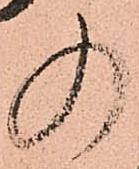
の